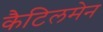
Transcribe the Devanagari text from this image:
कैटिलमेन